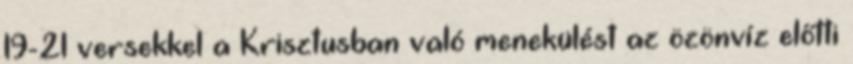
19-21 versekkel a Krisztusban való menekülést az özönvíz előtti